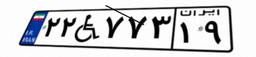
۶۶W۸۶۰۶۱